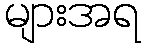
များအရ